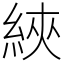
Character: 綊